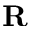
\mathbf { R }